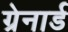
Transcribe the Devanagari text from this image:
ग्रेनार्ड